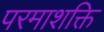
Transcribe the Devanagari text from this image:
परमाशक्ति